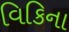
વિકિના